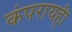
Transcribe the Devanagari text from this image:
कंपरायही